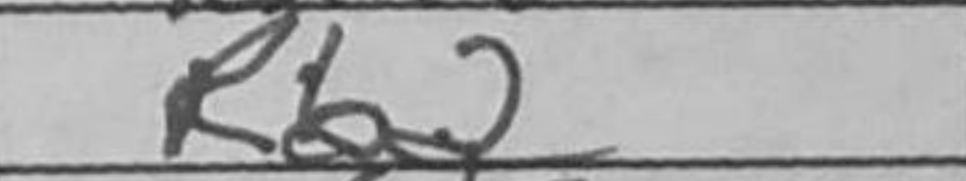
Transcription: Rb2